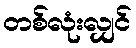
တစ်လုံးလျှင်